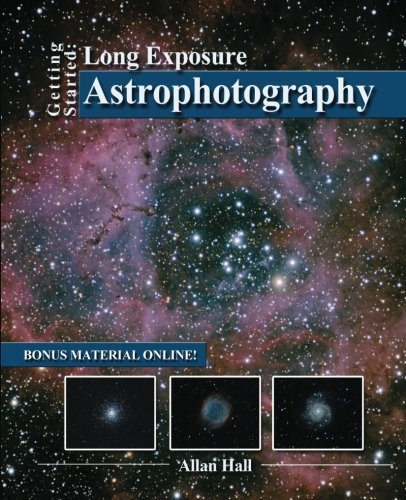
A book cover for Getting Started: Long Exposure Astrophotography; Allan Hall; Science & Math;